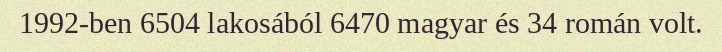
1992-ben 6504 lakosából 6470 magyar és 34 román volt.